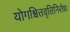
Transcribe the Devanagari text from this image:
योगश्चित्तवृत्तिनिरोधः